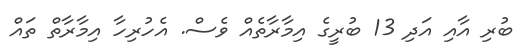
ބުރި އާއި އަދި 13 ބުރީގެ އިމާރާތެއް ވެސް. އެހުރިހާ އިމާރާތް ތައް